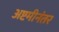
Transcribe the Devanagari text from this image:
अष्टमीनंतर